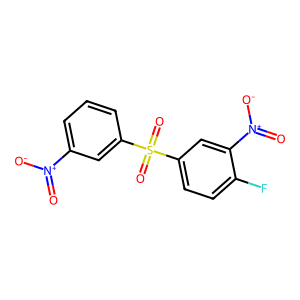
SMILES: O=[N+]([O-])c1cccc(S(=O)(=O)c2ccc(F)c([N+](=O)[O-])c2)c1
Inhibits HIV replication: No